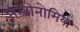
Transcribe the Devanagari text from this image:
अस्त्रोनोमिया